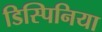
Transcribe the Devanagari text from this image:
डिस्पिनिया